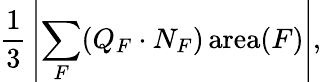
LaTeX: {\frac{1}{3}}\left|\sum_{F}(Q_{F}\cdot N_{F})\operatorname{area}(F)\right|,